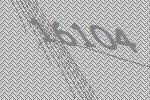
16104